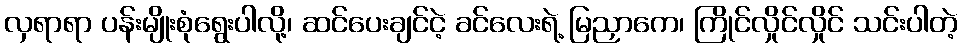
လှရာရာ ပန်းမျိုးစုံရွေးပါလို့၊ ဆင်ပေးချင်ငဲ့ ခင်လေးရဲ့ မြညှာကေ၊ ကြိုင်လှိုင်လှိုင် သင်းပါတဲ့